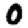
Digit: 0